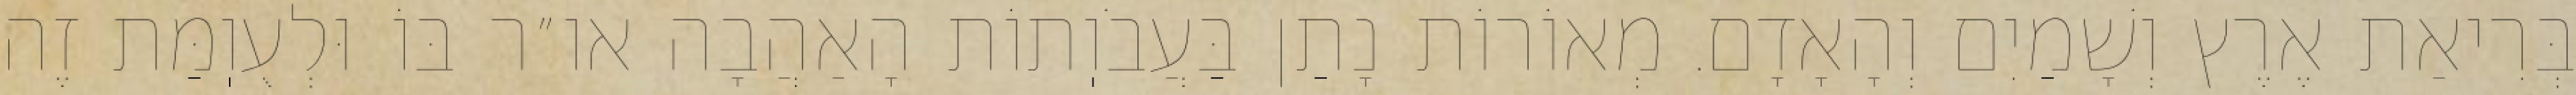
בְּרִיאַת אֶרֶץ וְשָׁמַיִם וְהָאָדָם. מְאוֹרוֹת נָתַן בַּעֲבֹוֽתוֹת הָאַהֲבָה או״ר בּוֹ וּלְעֻוֽמַּת זֶה